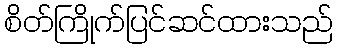
စိတ်ကြိုက်ပြင်ဆင်ထားသည်